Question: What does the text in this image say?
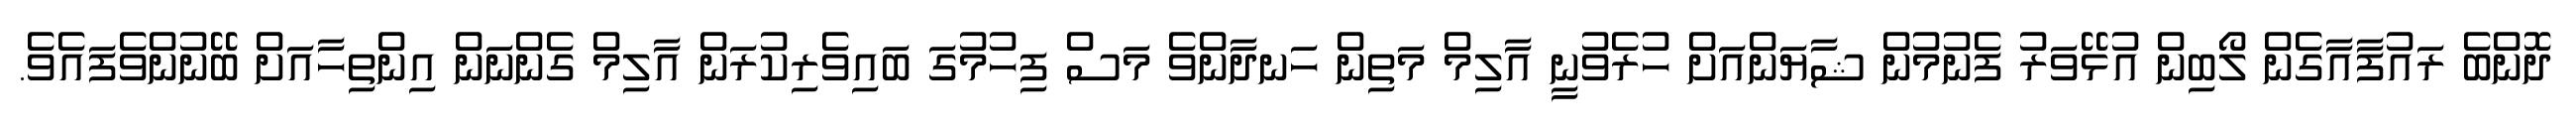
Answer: ދޮންބެ ރައުފާއާގެން ލޯބިން އުޅޭވަރު ފެނުމުން ޝާޔަންއަށް ހުރެވުނީ އާލިމް މަތިން ހަނދާންވެ މަސް ފިހުމުގަ ބައިވެރިކުރަން އާލިމް ގެންނަން އިންތިހާއަށް ބޭނުންވެފައެވެ.